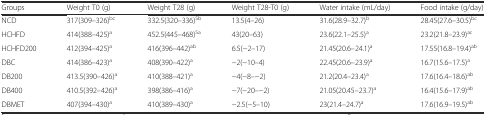
<table><thead><tr><td><b>Groups</b></td><td><b>Weight T0 (g)</b></td><td><b>Weight T28 (g)</b></td><td><b>Weight T28-T0 (g)</b></td><td><b>Water intake (mL/day)</b></td><td><b>Food intake (g/day)</b></td></tr></thead><tbody><tr><td>NCD</td><td>317(309–326)<sup>bc</sup></td><td>332.5(320–336)<sup>Sb</sup></td><td>13.5(4–26)</td><td>31.6(28.9–32.7)<sup>b</sup></td><td>28.45(27.6–30.5)<sup>bc</sup></td></tr><tr><td>HCHFD</td><td>414(388–425)<sup>a</sup></td><td>452.5(445–468)<sup>Sa</sup></td><td>43(20–63)</td><td>23.6(22.1–25.5)<sup>a</sup></td><td>23.2(21.8–23.9)<sup>ac</sup></td></tr><tr><td>HCHFD200</td><td>412(394–425)<sup>a</sup></td><td>416(396–442)<sup>ab</sup></td><td>6.5(−2–17)</td><td>21.45(20.6–24.1)<sup>a</sup></td><td>17.55(16.8–19.4)<sup>ab</sup></td></tr><tr><td>DBC</td><td>414(386–423)<sup>a</sup></td><td>408(390–422)<sup>a</sup></td><td>−2(−10–4)</td><td>22.45(20.6–23.9)<sup>a</sup></td><td>16.7(15.6–17.5)<sup>a</sup></td></tr><tr><td>DB200</td><td>413.5(390–426)<sup>a</sup></td><td>410(388–421)<sup>a</sup></td><td>−4(−8–−2)</td><td>21.2(20.4–23.4)<sup>a</sup></td><td>17.6(16.4–18.6)<sup>ab</sup></td></tr><tr><td>DB400</td><td>410.5(392–426)<sup>a</sup></td><td>398(386–416)<sup>a</sup></td><td>−7(−20–−2)</td><td>21.05(20.45–23.7)<sup>a</sup></td><td>16.4(15.6–17.9)<sup>ab</sup></td></tr><tr><td>DBMET</td><td>407(394–430)<sup>a</sup></td><td>410(389–430)<sup>a</sup></td><td>−2.5(−5–10)</td><td>23(21.4–24.7)<sup>a</sup></td><td>17.6(16.9–19.5)<sup>ab</sup></td></tr></tbody></table>